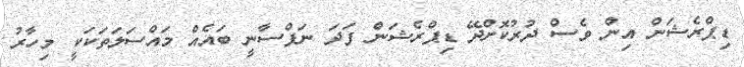
ޑިޕްރެޝަން އިން ވެސް ދުރުކޮށްދޭ ޑިޕްރެޝަން ފަދަ ނަފްސާނީ ބައެއް މައްސަލަތަކަކީ މިހާރު